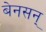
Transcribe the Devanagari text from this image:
बेनसन्